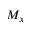
M _ { x }